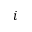
i